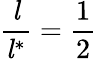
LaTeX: {\frac{\mathit{l}}{{\mathit{l}}^{*}}}={\frac{1}{2}}